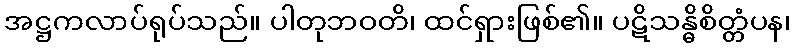
အဋ္ဌကလာပ်ရုပ်သည်။ ပါတုဘဝတိ၊ ထင်ရှားဖြစ်၏။ ပဋိသန္ဓိစိတ္တံပန၊